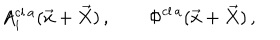
A _ { i } ^ { \mathrm { c l } \, a } ( \vec { x } + \vec { X } ) \, , \qquad \Phi ^ { \mathrm { c l } \, a } ( \vec { x } + \vec { X } ) \, ,